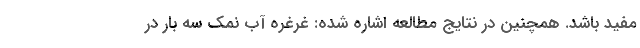
مفید باشد. همچنین در نتایج مطالعه اشاره شده: غرغره آب نمک سه بار در